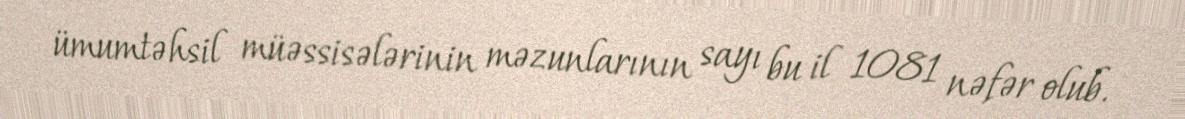
ümumtəhsil müəssisələrinin məzunlarının sayı bu il 1081 nəfər olub.